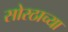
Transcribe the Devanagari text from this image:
सोरठाच्या